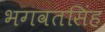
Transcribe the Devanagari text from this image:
भगवतसिंह